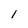
Character: l